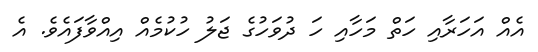
އެއް އަހަރާއި ހަތް މަހާއި ހަ ދުވަހުގެ ޖަލު ހުކުމެއް އިއްވާފައެވެ. އެ